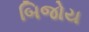
બિજોય